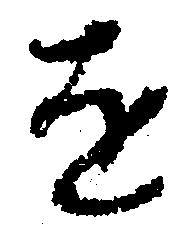
を